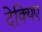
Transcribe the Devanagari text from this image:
देक्यिए